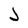
Character: J